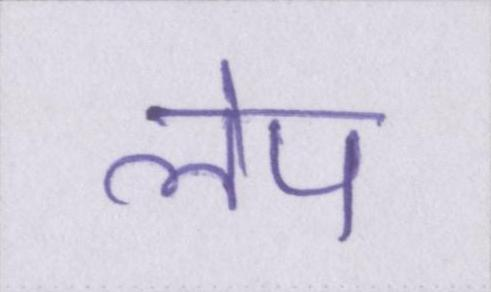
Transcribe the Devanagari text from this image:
लेप